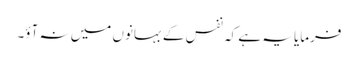
فرمایا یہ ہے کہ نفس کے بہانوں میں نہ آؤ۔